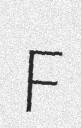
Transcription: F